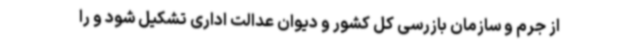
از جرم و سازمان بازرسی کل کشور و دیوان عدالت اداری تشکیل شود و را